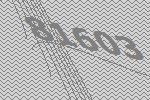
81603